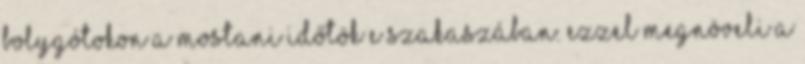
bolygótokon a mostani időtök e szakaszában. Ezzel megnöveli a